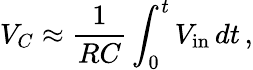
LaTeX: V_{C}\approx{\frac{1}{RC}}\int_{0}^{t}V_{\mathrm{in}}\, dt\, ,